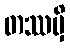
တဿမှိ